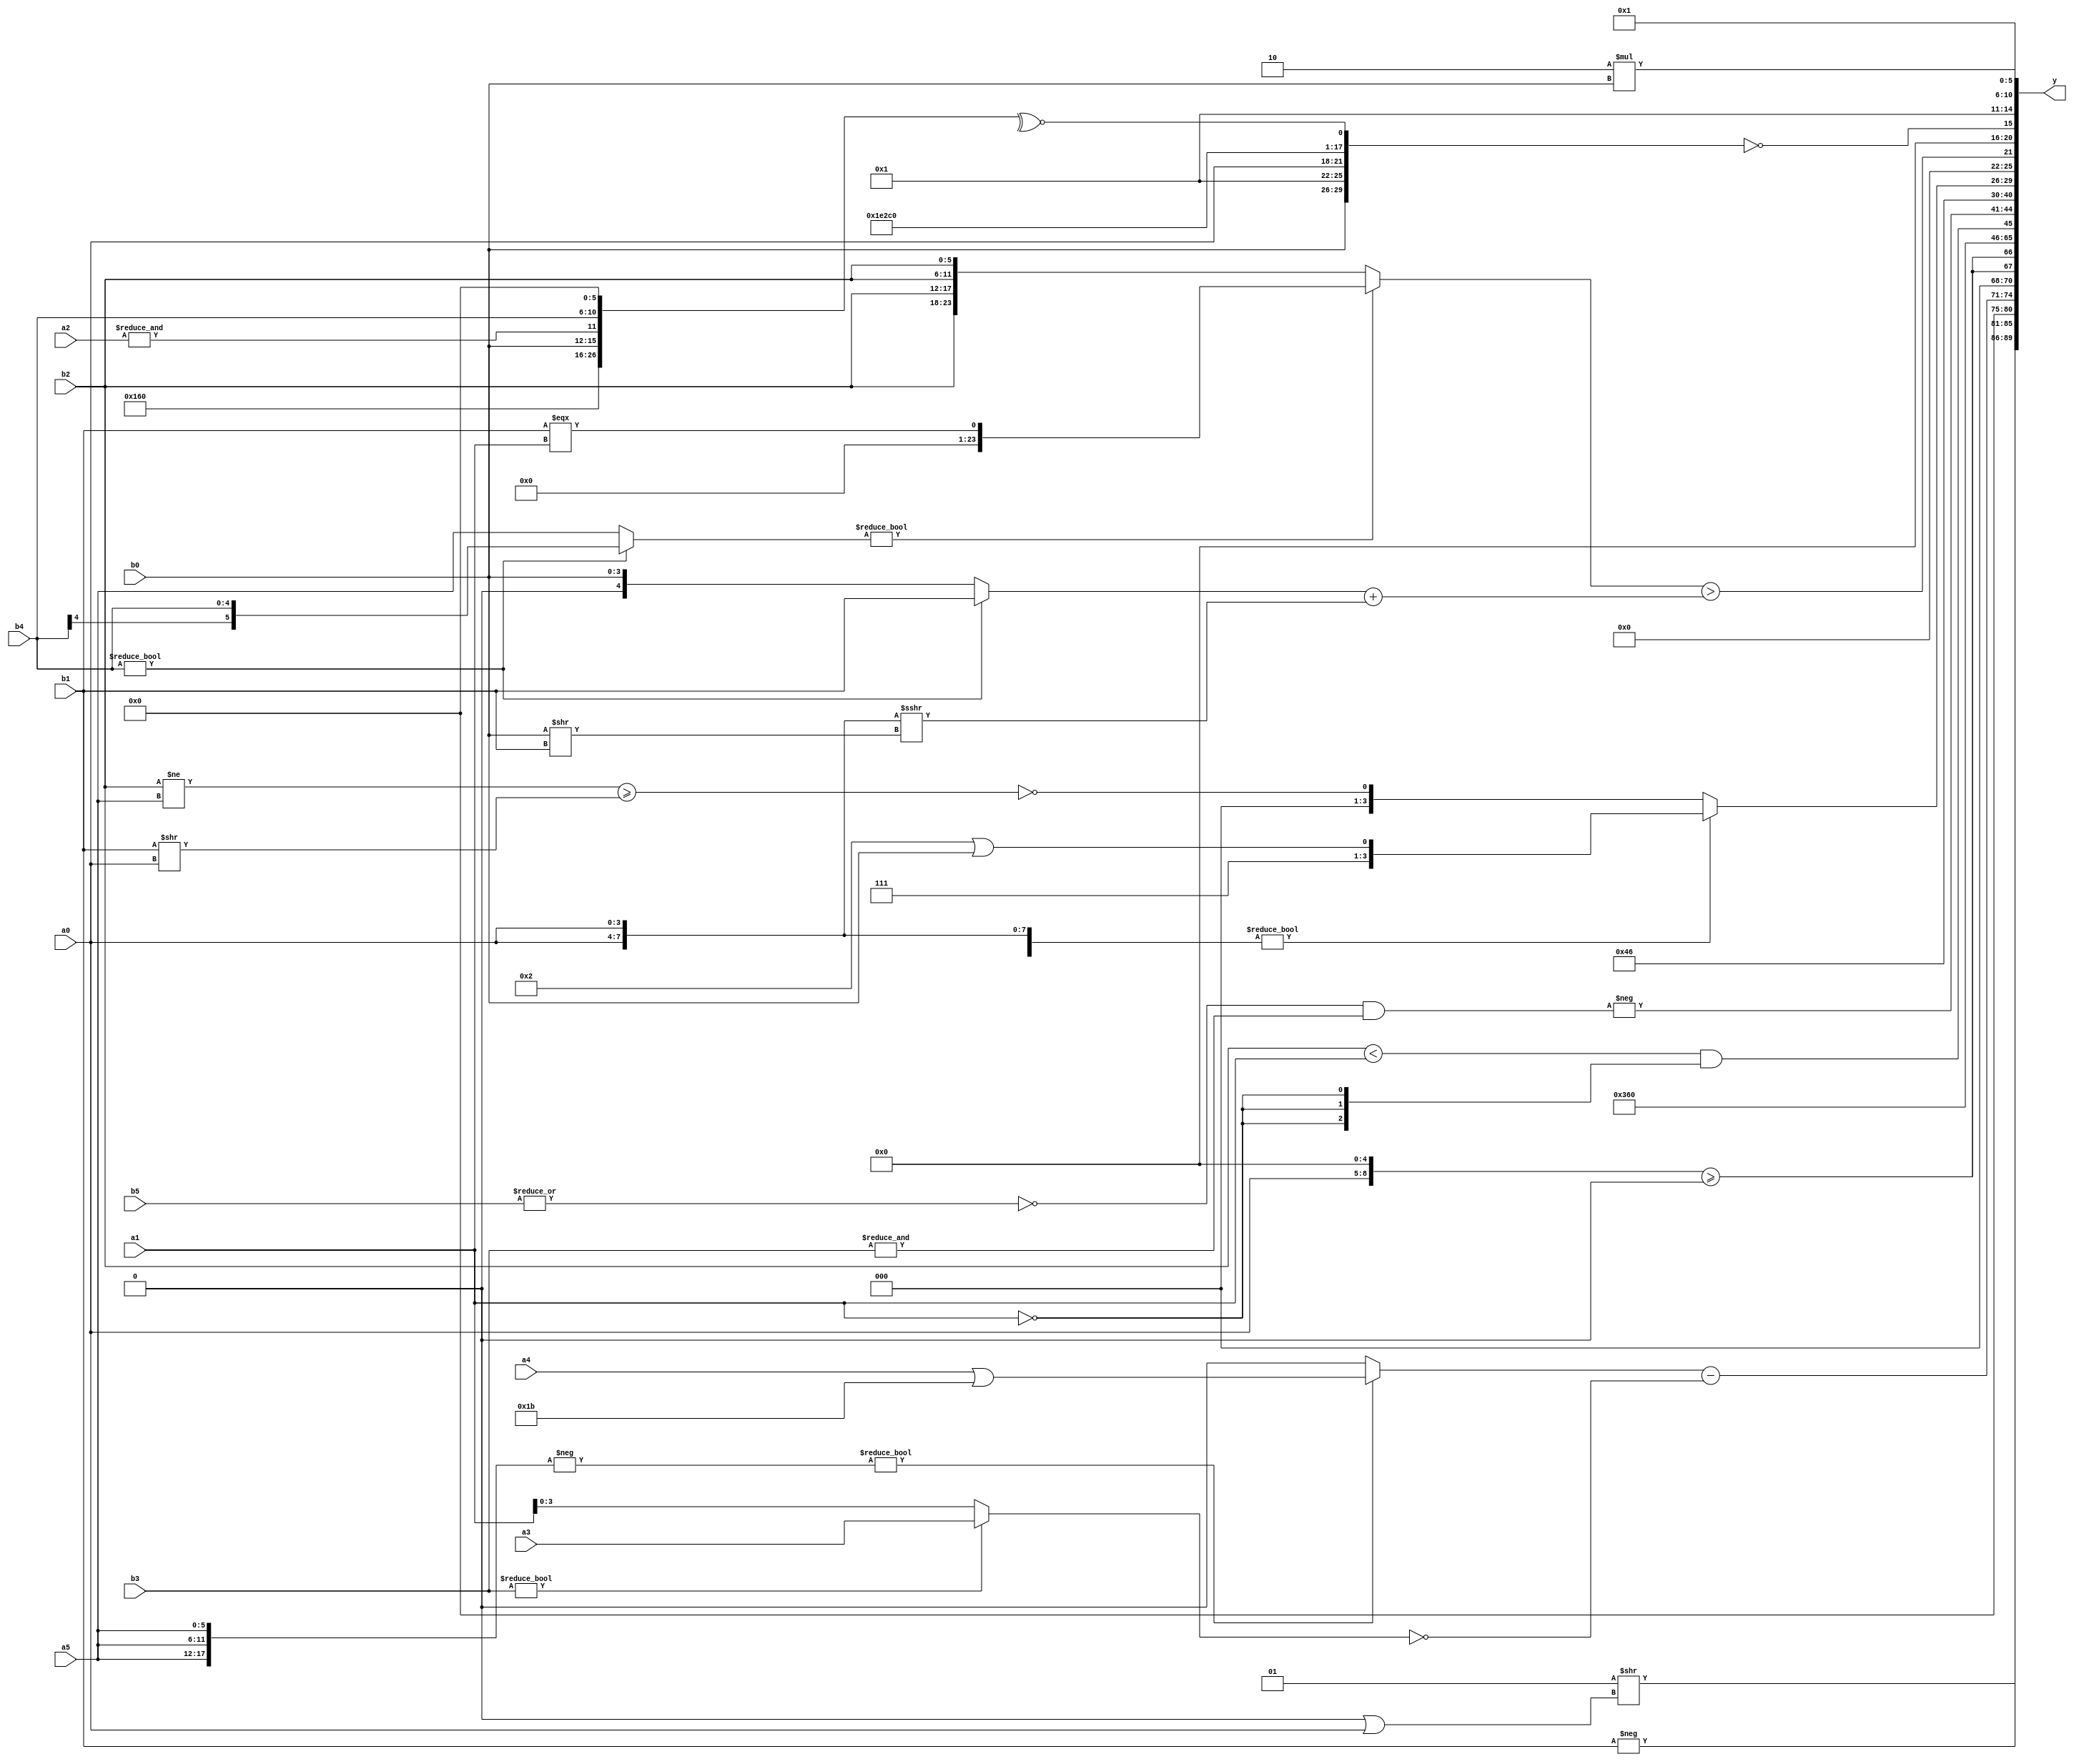
module expression_00159(a0, a1, a2, a3, a4, a5, b0, b1, b2, b3, b4, b5, y);
  input [3:0] a0;
  input [4:0] a1;
  input [5:0] a2;
  input signed [3:0] a3;
  input signed [4:0] a4;
  input signed [5:0] a5;

  input [3:0] b0;
  input [4:0] b1;
  input [5:0] b2;
  input signed [3:0] b3;
  input signed [4:0] b4;
  input signed [5:0] b5;

  wire [3:0] y0;
  wire [4:0] y1;
  wire [5:0] y2;
  wire signed [3:0] y3;
  wire signed [4:0] y4;
  wire signed [5:0] y5;
  wire [3:0] y6;
  wire [4:0] y7;
  wire [5:0] y8;
  wire signed [3:0] y9;
  wire signed [4:0] y10;
  wire signed [5:0] y11;
  wire [3:0] y12;
  wire [4:0] y13;
  wire [5:0] y14;
  wire signed [3:0] y15;
  wire signed [4:0] y16;
  wire signed [5:0] y17;

  output [89:0] y;
  assign y = {y0,y1,y2,y3,y4,y5,y6,y7,y8,y9,y10,y11,y12,y13,y14,y15,y16,y17};

  localparam [3:0] p0 = (5'sd0);
  localparam [4:0] p1 = {(-(2'sd0)),(~(2'd3))};
  localparam [5:0] p2 = (|({1{{4{(3'sd2)}}}}<=((3'sd3)?(4'sd5):(-4'sd4))));
  localparam signed [3:0] p3 = (+((!(-(5'd20)))?(-4'sd1):(+((5'd18)>>>(-2'sd1)))));
  localparam signed [4:0] p4 = (-5'sd7);
  localparam signed [5:0] p5 = {3{{4{(4'd11)}}}};
  localparam [3:0] p6 = (!(&((!(&((~(2'd3))&(~^(3'd6)))))>=(~&((~^(5'd26))||((-2'sd0)<=(-4'sd3)))))));
  localparam [4:0] p7 = (&((~&(~|({(-4'sd5),(2'd0),(4'd4)}<(+(-5'sd8)))))+({(-5'sd10),(-5'sd6),(4'd0)}?(-(3'd1)):(+(4'sd3)))));
  localparam [5:0] p8 = {{4{{3{(4'd3)}}}},(3'sd3)};
  localparam signed [3:0] p9 = ((3'sd3)||((5'sd4)&&(-4'sd4)));
  localparam signed [4:0] p10 = {({(5'd31),(3'd4)}-{(2'sd0),(2'd3)}),({(2'd1),(-2'sd1)}||{(-5'sd14),(2'd1),(2'sd1)}),({(-5'sd14)}<{(3'd2),(-4'sd5),(3'sd2)})};
  localparam signed [5:0] p11 = (((3'd3)?(4'd1):(-2'sd0))?((3'd3)&(4'd9)):((-2'sd0)?(3'sd0):(2'd0)));
  localparam [3:0] p12 = (-(((&(5'sd10))&&((-2'sd0)%(3'sd2)))==((-(2'd2))>>>((-3'sd3)!=(3'sd2)))));
  localparam [4:0] p13 = (((-5'sd5)^~(-5'sd15))%(3'd1));
  localparam [5:0] p14 = (5'sd11);
  localparam signed [3:0] p15 = {3{{2{(-4'sd6)}}}};
  localparam signed [4:0] p16 = (~(^(|(~(^(!(^(!(~^(~(-5'sd15)))))))))));
  localparam signed [5:0] p17 = ((5'd25)?(5'd12):(3'd1));

  assign y0 = (((p11>=p16)?(p3?p9:p15):(p15<<b5))>>$unsigned(($signed($signed((a2!==a2)))|($unsigned($signed(a0))))));
  assign y1 = (-b1);
  assign y2 = (((2'd0)?(a4+a1):(~^p9))^~((p3==p14)?{p2,a3}:(~p6)));
  assign y3 = (((-{3{a5}})?{1{(a4||p8)}}:(&{4{p14}}))-{1{(~{4{(b3?a3:a1)}})}});
  assign y4 = {2{({a0,p1}>={4{p13}})}};
  assign y5 = ((^p17)?(p9^p0):(!p11));
  assign y6 = ((p6?a1:p9)?((b2!==b1)&(b0?p7:p6)):(a1?p15:p0));
  assign y7 = {(p2|p7),{2{p8}}};
  assign y8 = ($unsigned((((3'sd3)===(!a3))||$signed((^(b2<a1)))))&&{3{(a1==p12)}});
  assign y9 = (-((~|b5)&&(&b3)));
  assign y10 = (3'sd1);
  assign y11 = (4'd6);
  assign y12 = ({4{{4{a0}}}}?((p15>p2)^~(p3||b0)):(~&((b2!=a5)>=(b1>>a0))));
  assign y13 = ({1{((b4?b4:a5)?(b1===a1):{1{{4{b2}}}})}}>{1{((b4?b1:b0)+({2{a0}}>>>(b0>>b1)))}});
  assign y14 = {(^(!{{{{b0,p9},{a0}},{p16,p14,p2}},(~^{{p14,p13,b0},(&a2),{b4,p2}})}))};
  assign y15 = (~&(+$unsigned((-5'sd15))));
  assign y16 = (6'd2 * b0);
  assign y17 = $unsigned((^((p11==p14)^(^(4'd4)))));
endmodule